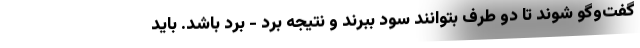
گفت‌وگو شوند تا دو طرف بتوانند سود ببرند و نتیجه برد - برد باشد. باید